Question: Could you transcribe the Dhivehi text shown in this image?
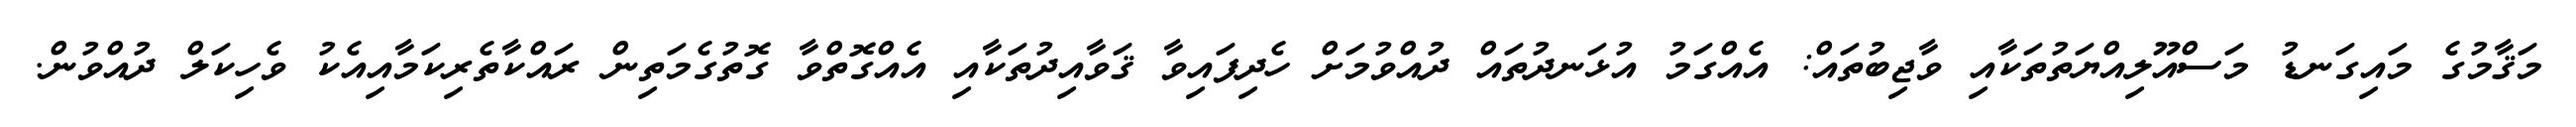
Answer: މަޤާމުގެ މައިގަނޑު މަސްއޫލިއްޔަތުތަކާއި ވާޖިބުތައް: އެއްގަމު އުޅަނދުތައް ދުއްވުމަށް ހެދިފައިވާ ޤަވާއިދުތަކާއި އެއްގޮތްވާ ގޮތުގެމަތިން ރައްކާތެރިކަމާއިއެކު ވެހިކަލް ދުއްވުން.